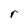
Character: r